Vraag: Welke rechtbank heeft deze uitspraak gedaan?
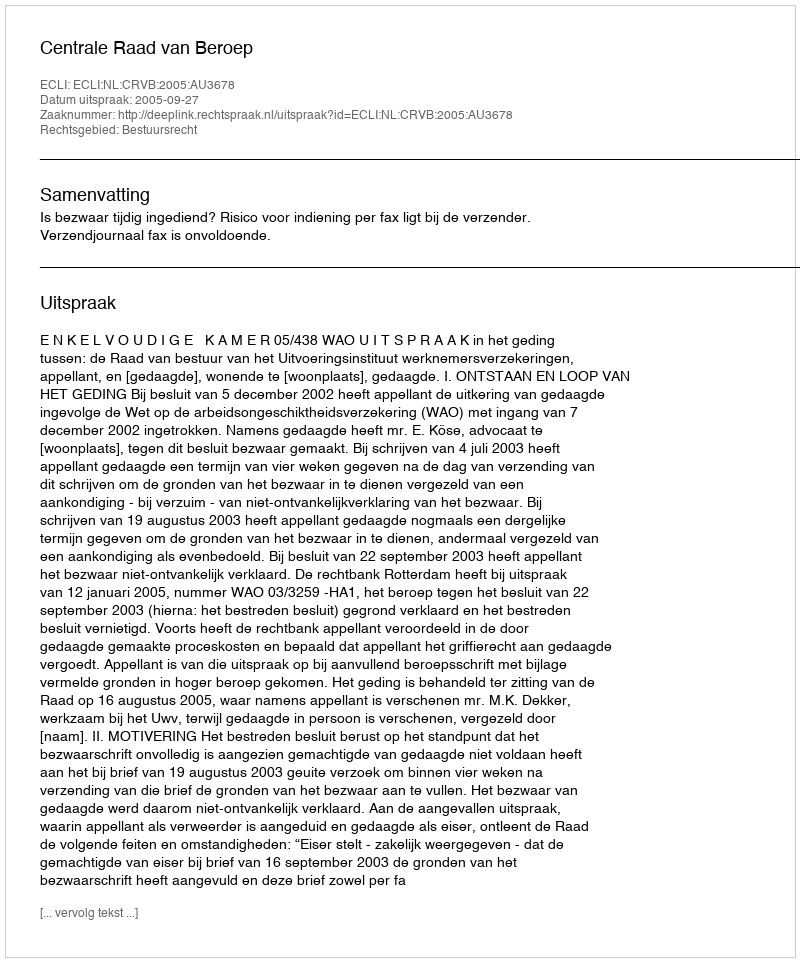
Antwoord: Centrale Raad van Beroep